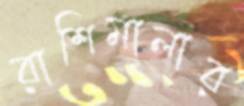
রাশিমালার